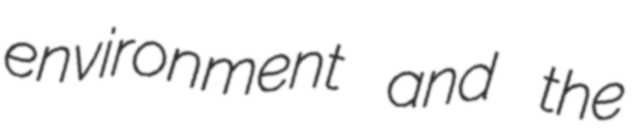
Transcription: environment and the